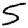
Digit: 5